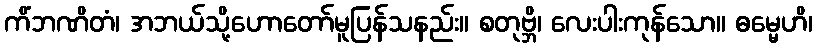
ကိံဘဏိတံ၊ အဘယ်သို့ဟောတော်မူပြန်သနည်း။ စတုဗ္ဘိ၊ လေးပါးကုန်သော။ ဓမ္မေဟိ၊